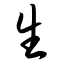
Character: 生